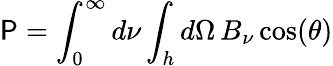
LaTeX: \mathsf{P}=\int_{0}^{\infty}d\nu\int_{h}d\Omega\, B_{\nu}\cos(\theta)